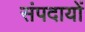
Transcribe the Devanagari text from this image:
संपदायों